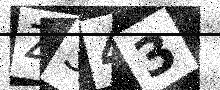
Text: Z343